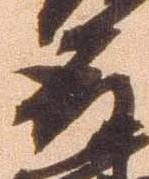
殿